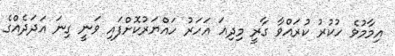
އިމާމުވެ ހުކުރު ކުރައްވާ ގާރީ މިދިއަ އަހަރު ހައްޔަރުކޮށްފައި ވަނީ ގިނަ އަދަދެއްގެ